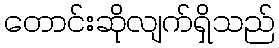
တောင်းဆိုလျက်ရှိသည်